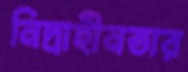
নিদ্রাহীনতার